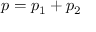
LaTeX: \boldsymbol { p = p _ { 1 } + p _ { 2 } }